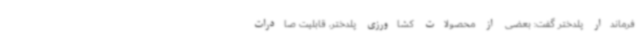
فرماندار پلدختر گفت: بعضی از محصولات کشاورزی پلدختر، قابلیت صادرات